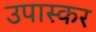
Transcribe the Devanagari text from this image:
उपास्कर